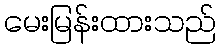
မေးမြန်းထားသည်